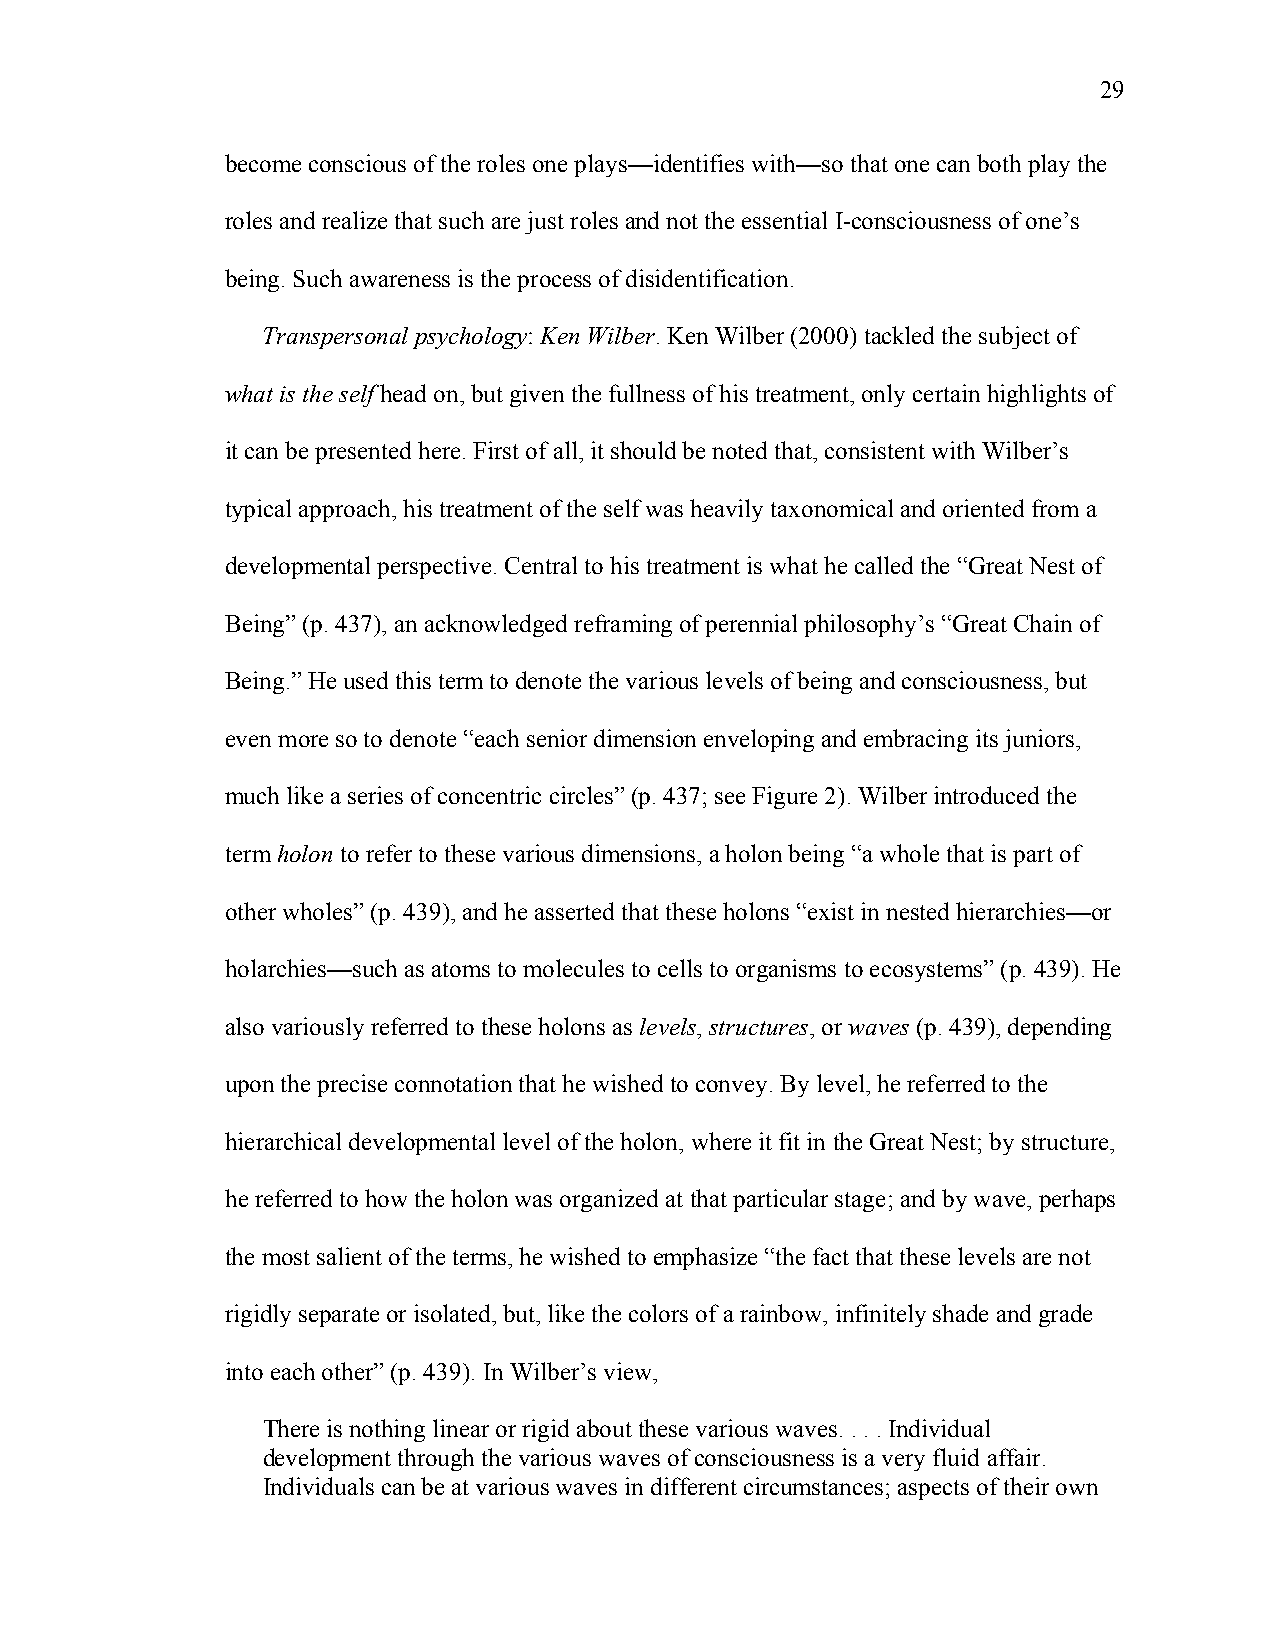
29
 become conscious of the roles one plays—identifies with—so that one can both play the
 roles and realize that such are just roles and not the essential I-consciousness of one’s
 being. Such awareness is the process of disidentification.
 Transpersonal psychology: Ken Wilber. Ken Wilber (2000) tackled the subject of
 what is the self head on, but given the fullness of his treatment, only certain highlights of
 it can be presented here. First of all, it should be noted that, consistent with Wilber’s
 typical approach, his treatment of the self was heavily taxonomical and oriented from a
 developmental perspective. Central to his treatment is what he called the “Great Nest of
 Being” (p. 437), an acknowledged reframing of perennial philosophy’s “Great Chain of
 Being.” He used this term to denote the various levels of being and consciousness, but
 even more so to denote “each senior dimension enveloping and embracing its juniors,
 much like a series of concentric circles” (p. 437; see Figure 2). Wilber introduced the
 term holon to refer to these various dimensions, a holon being “a whole that is part of
 other wholes” (p. 439), and he asserted that these holons “exist in nested hierarchies—or
 holarchies—such as atoms to molecules to cells to organisms to ecosystems” (p. 439). He
 also variously referred to these holons as levels, structures, or waves (p. 439), depending
 upon the precise connotation that he wished to convey. By level, he referred to the
 hierarchical developmental level of the holon, where it fit in the Great Nest; by structure,
 he referred to how the holon was organized at that particular stage; and by wave, perhaps
 the most salient of the terms, he wished to emphasize “the fact that these levels are not
 rigidly separate or isolated, but, like the colors of a rainbow, infinitely shade and grade
 into each other” (p. 439). In Wilber’s view,
 There is nothing linear or rigid about these various waves. . . . Individual
 development through the various waves of consciousness is a very fluid affair.
 Individuals can be at various waves in different circumstances; aspects of their own